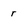
Character: r